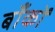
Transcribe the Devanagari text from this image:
बाँकों